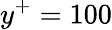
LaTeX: y^{+}=100